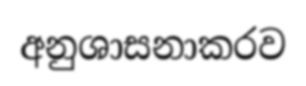
අනුශාසනාකරව